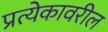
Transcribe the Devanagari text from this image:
प्रत्येकावरील